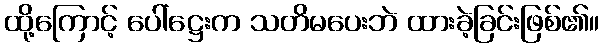
ထို့ကြောင့် ပေါ်ဋ္ဌေးက သတိမပေးဘဲ ထားခဲ့ခြင်းဖြစ်၏။